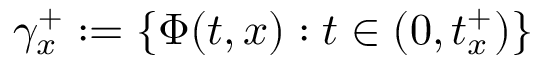
\gamma _ { x } ^ { + } : = \{ \Phi ( t , x ) : t \in ( 0 , t _ { x } ^ { + } ) \}